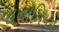
પાનોનિયન